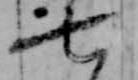
七